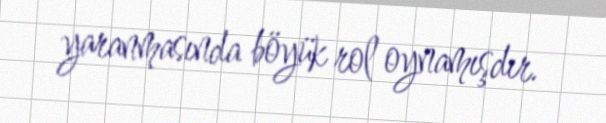
yaranmasında böyük rol oynamışdır.